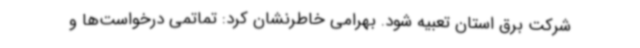
شرکت برق استان تعبیه شود. بهرامی خاطرنشان کرد: تماتمی درخواست‌ها و